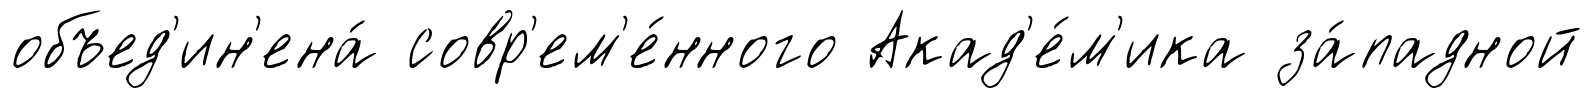
объед'ин'ена́ совр'ем'е́нного Акад'е́м'ика за́падной